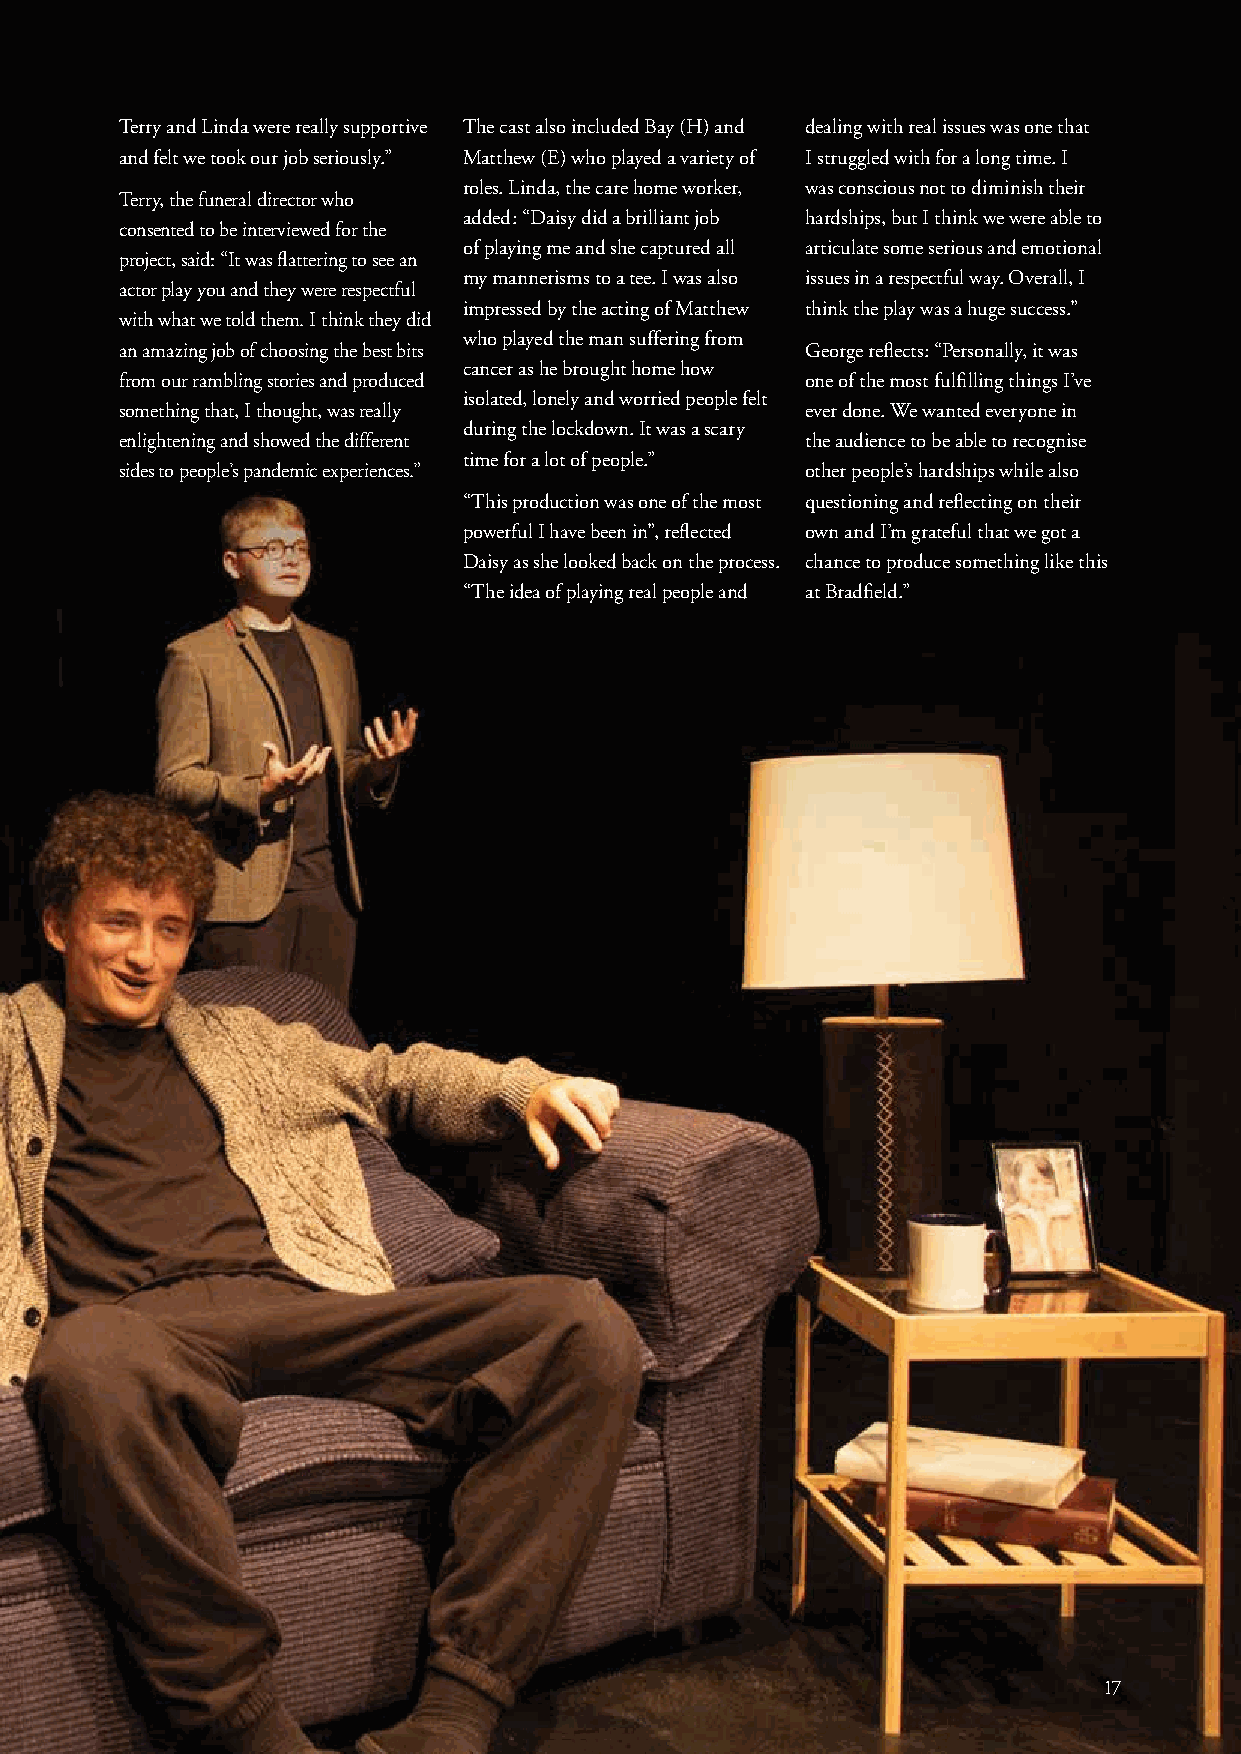
Terry and Linda were really supportive The cast also included Bay (H) and dealing with real issues was one that
 and felt we took our job seriously.” Matthew (E) who played a variety of I struggled with for a long time. I
 roles. Linda, the care home worker, was conscious not to diminish their
 Terry, the funeral director who
 added: “Daisy did a brilliant job hardships, but I think we were able to
 consented to be interviewed for the
 of playing me and she captured all articulate some serious and emotional
 project, said: “It was flattering to see an
 my mannerisms to a tee. I was also issues in a respectful way. Overall, I
 actor play you and they were respectful
 impressed by the acting of Matthew think the play was a huge success.”
 with what we told them. I think they did
 who played the man suffering from
 an amazing job of choosing the best bits     George reflects: “Personally, it was
 cancer as he brought home how
 from our rambling stories and produced       one of the most fulfilling things I’ve
 isolated, lonely and worried people felt
 something that, I thought, was really        ever done. We wanted everyone in
 during the lockdown. It was a scary
 enlightening and showed the different        the audience to be able to recognise
 time for a lot of people.”
 sides to people’s pandemic experiences.”     other people’s hardships while also
 “This production was one of the most questioning and reflecting on their
 powerful I have been in”, reflected own and I’m grateful that we got a
 Daisy as she looked back on the process. chance to produce something like this
 “The idea of playing real people and at Bradfield.”
 1177